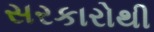
સરકારોથી